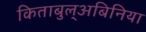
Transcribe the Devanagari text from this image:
किताबुल्अबिनिया